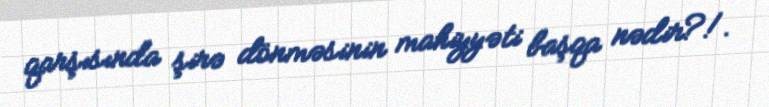
qarşısında şirə dönməsinin mahiyyəti başqa nədir?!.